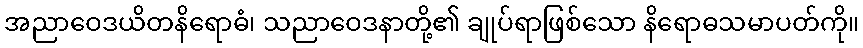
အညာဝေဒယိတနိရောဓံ၊ သညာဝေဒနာတို့၏ ချုပ်ရာဖြစ်သော နိရောဓသမာပတ်ကို။